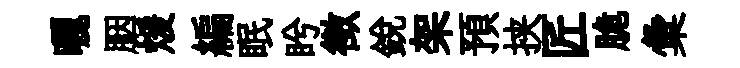
曬胭煖編眠盻徴銳架預挟匠脆彙